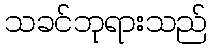
သခင်ဘုရားသည်